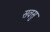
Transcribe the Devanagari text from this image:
सवसु